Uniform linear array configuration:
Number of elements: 64
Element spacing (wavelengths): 0.25
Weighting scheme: cosine
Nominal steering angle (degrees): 30
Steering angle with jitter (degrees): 31.874
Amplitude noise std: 0.05
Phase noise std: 0.05

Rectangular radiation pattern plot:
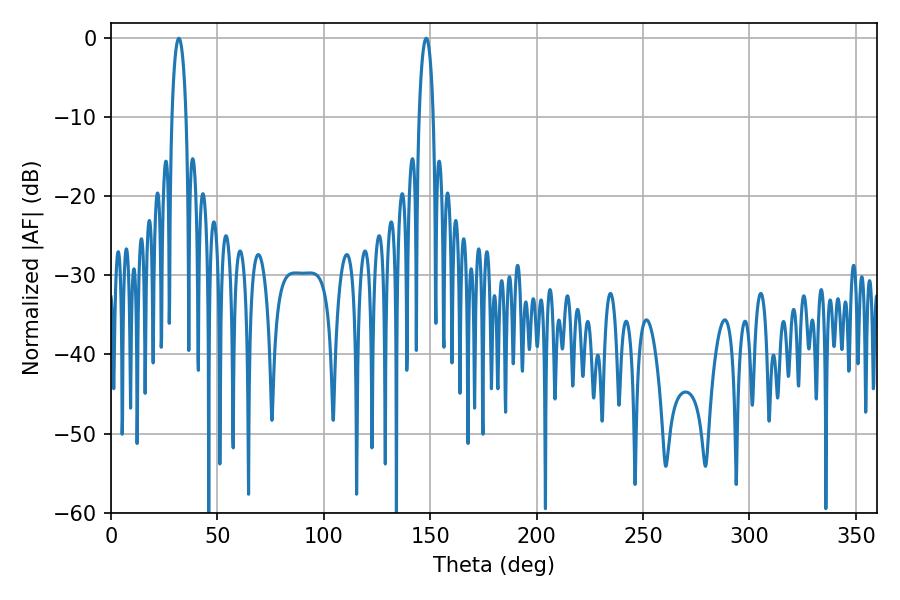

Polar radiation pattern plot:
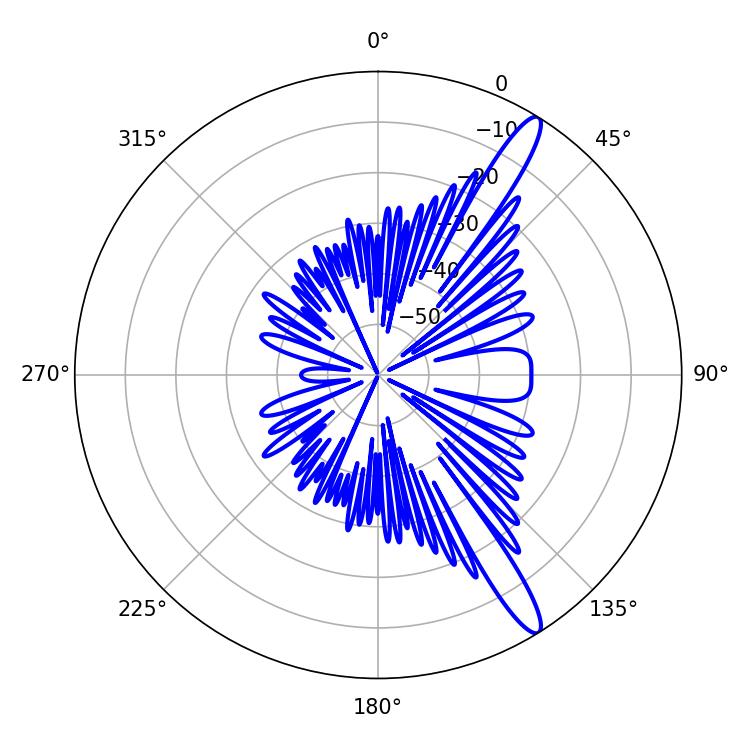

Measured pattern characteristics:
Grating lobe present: FALSE
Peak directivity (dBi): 14.056
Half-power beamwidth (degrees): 3.78
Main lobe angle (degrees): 31.86